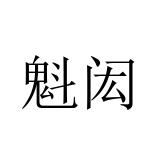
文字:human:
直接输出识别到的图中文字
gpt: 魁闳